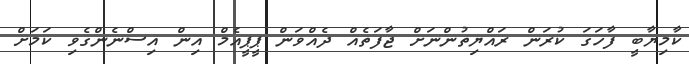
ކާމިޔާބީ ފާހަގަ ކުރަން ރައްޔިތުންނަށް ޖާފަތެއް ދެއްވަން ޕީޕީއެމް އިން އިސްނެންގެވި ކަމަށް